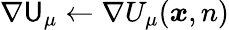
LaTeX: \nabla\mathsf{U}_{\mu}\gets\nabla U_{\mu}({\boldsymbol{x}},n)